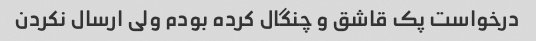
درخواست پک قاشق و چنگال کرده بودم ولی ارسال نکردن